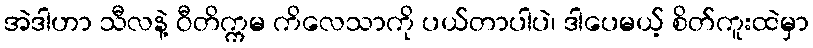
အဲဒါဟာ သီလနဲ့ ဝီတိက္ကမ ကိလေသာကို ပယ်တာပါပဲ၊ ဒါပေမယ့် စိတ်ကူးထဲမှာ